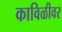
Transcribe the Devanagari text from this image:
काविळीवर